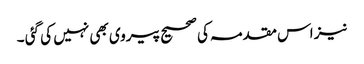
نیز اس مقدمہ کی صحیح پیروی بھی نہیں کی گئی ۔